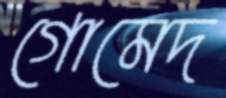
গোমেদ